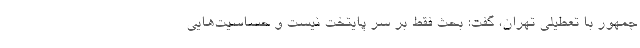
جمهور با تعطیلی تهران، گفت: بحث فقط بر سر پایتخت نیست و حساسیت‌هایی